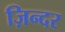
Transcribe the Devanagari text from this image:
ज़िन्दर